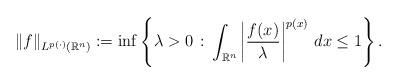
LaTeX: \begin{align*}\| f \|_{L^{p(\cdot)}(\mathbb{R}^n)}:=\inf\left\{\lambda >0 \, : \, \int_{\mathbb{R}^n} \left| \frac{f(x)}{\lambda} \right|^{p(x)} \, dx \le 1\right\} .\end{align*}